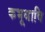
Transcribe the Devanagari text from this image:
कभूधावि